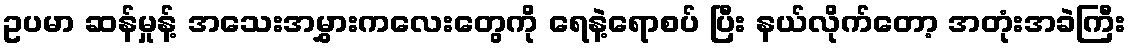
ဥပမာ ဆန်မှုန့် အသေးအမွှားကလေးတွေကို ရေနဲ့ရောစပ် ပြီး နယ်လိုက်တော့ အတုံးအခဲကြီး